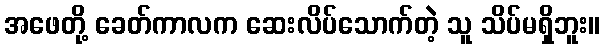
အဖေတို့ ခေတ်ကာလက ဆေးလိပ်သောက်တဲ့ သူ သိပ်မရှိဘူး။